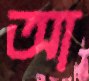
আ